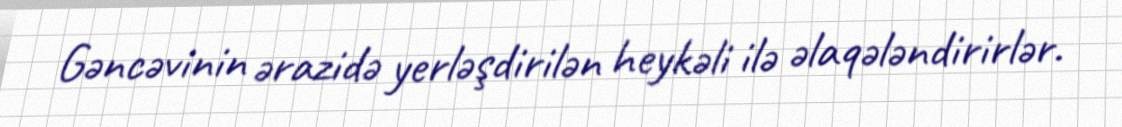
Gəncəvinin ərazidə yerləşdirilən heykəli ilə əlaqələndirirlər.